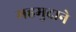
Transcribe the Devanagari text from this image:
महमुदाने